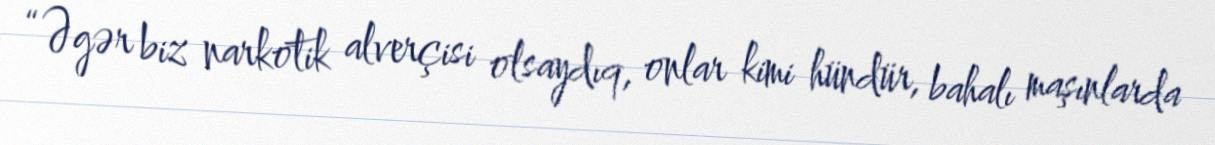
“Əgər biz narkotik alverçisi olsaydıq, onlar kimi hündür, bahalı maşınlarda